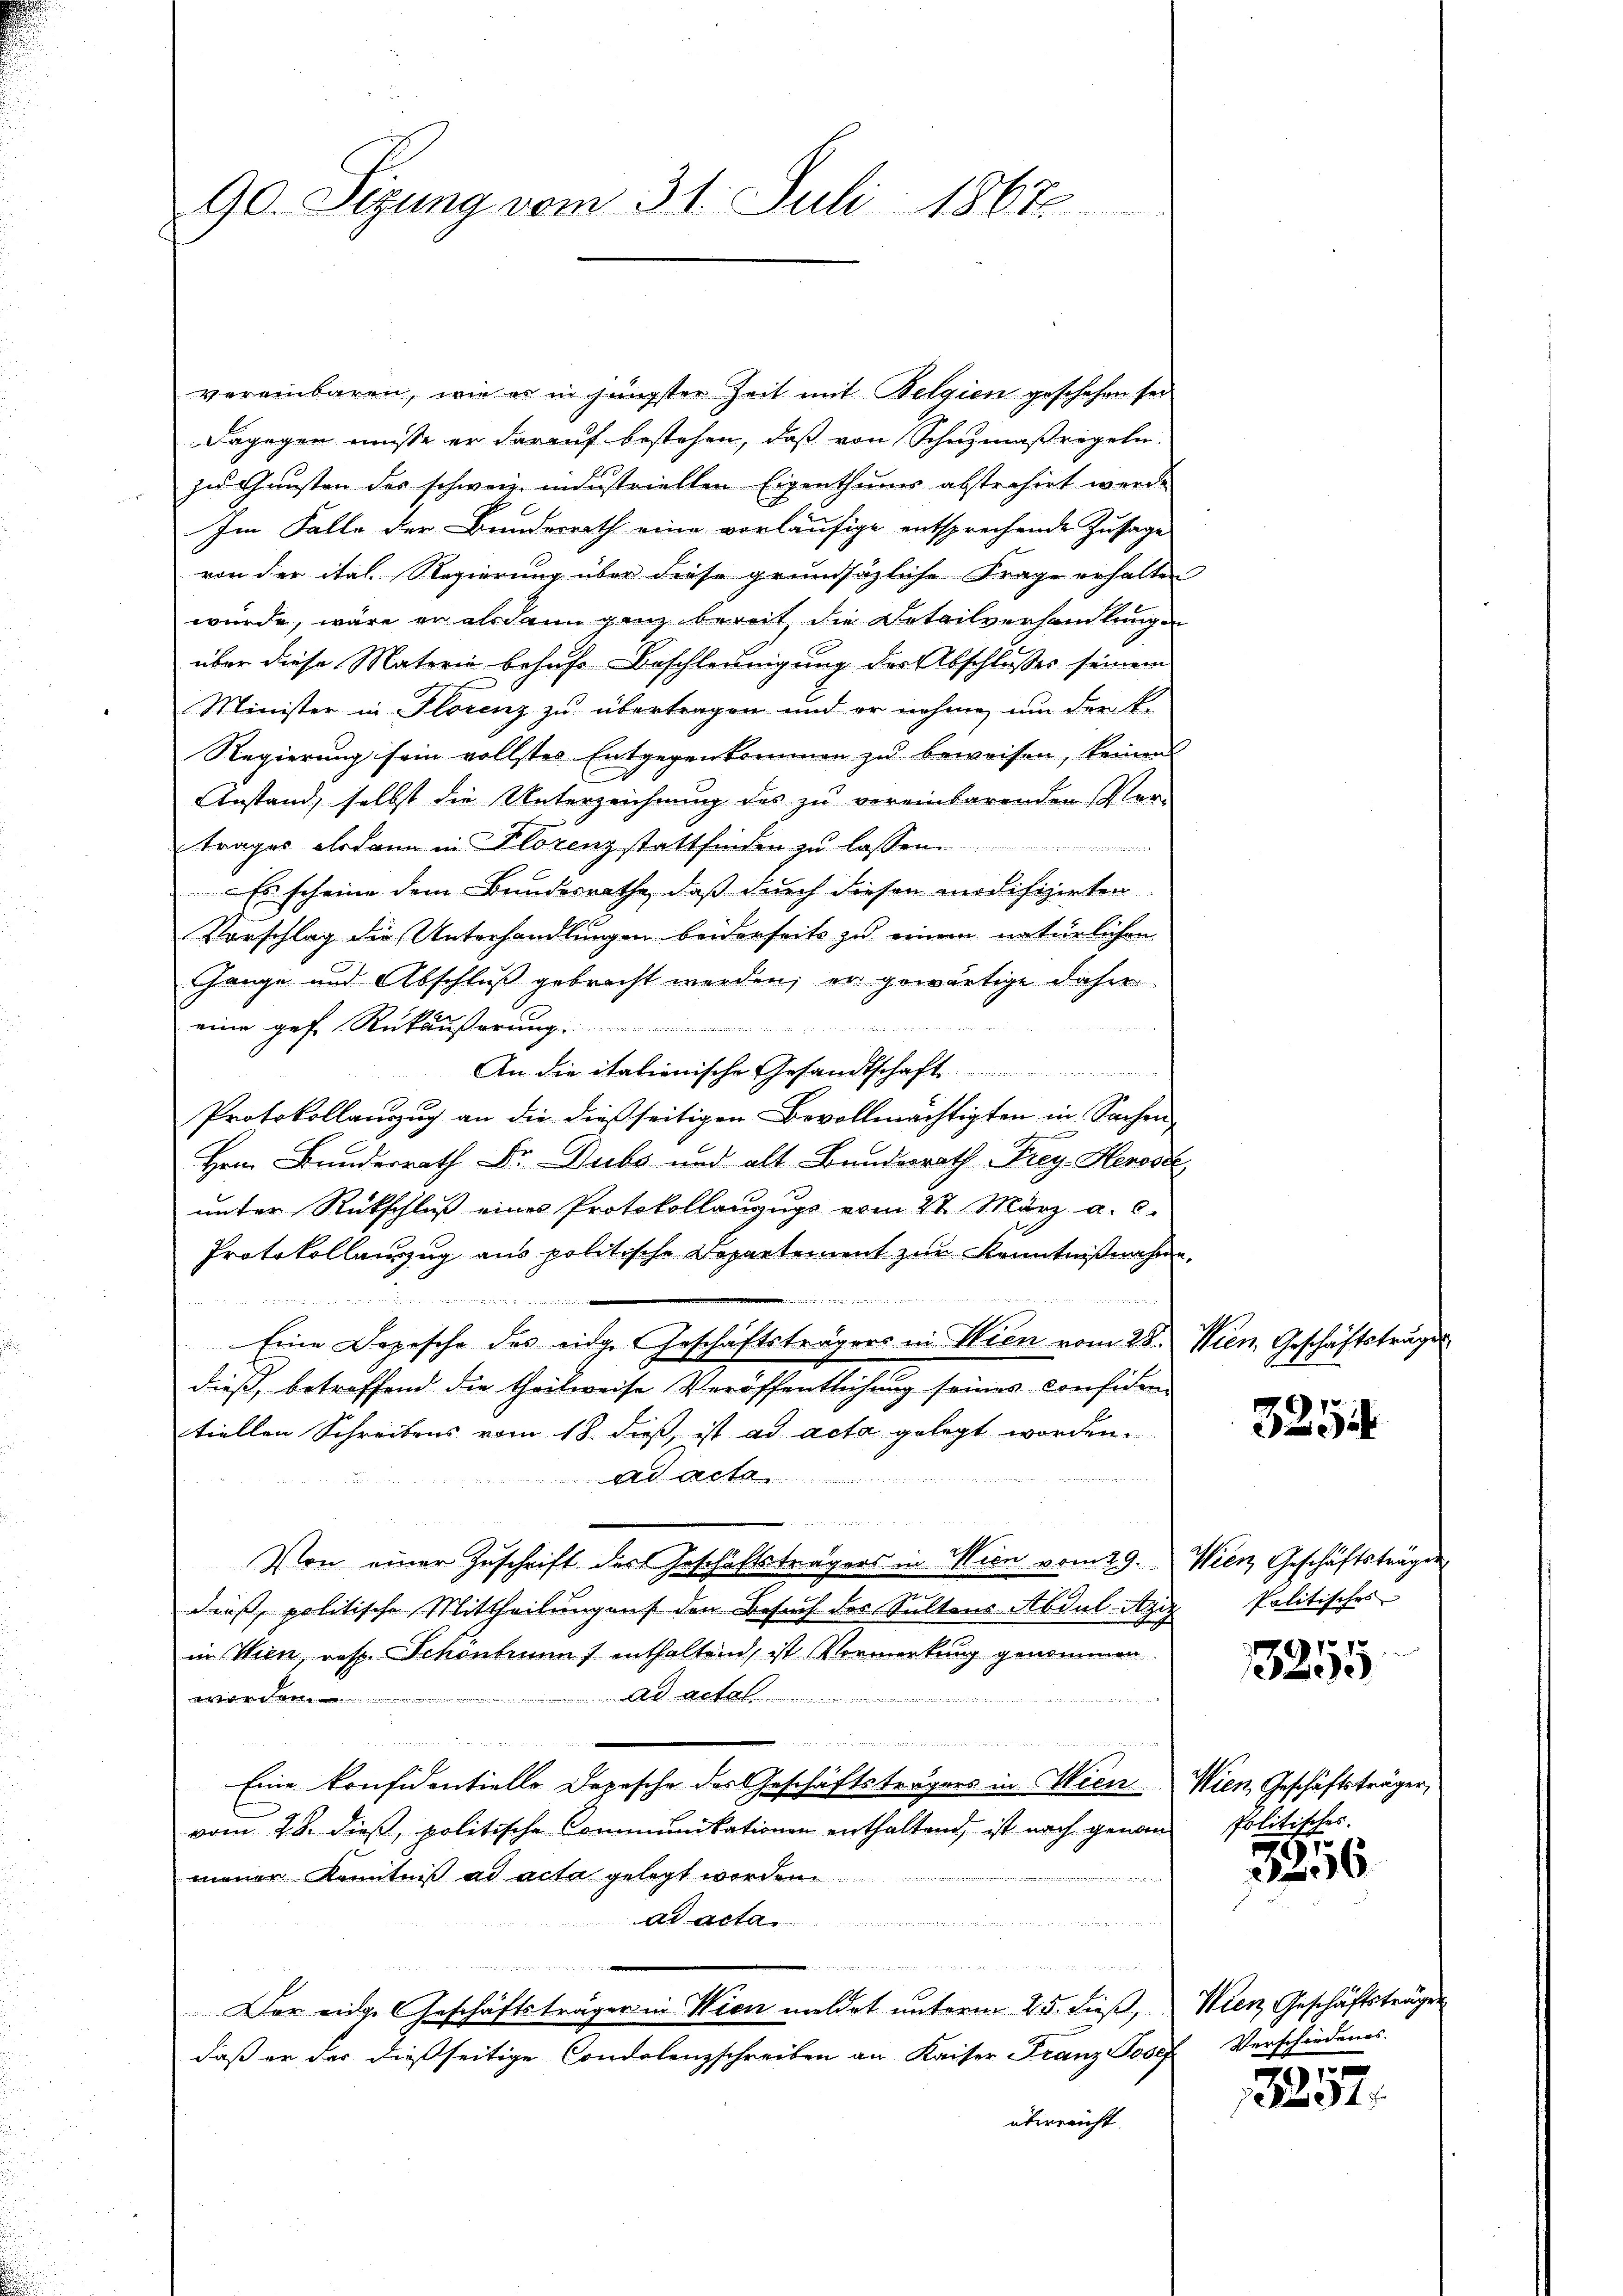
90. Sizung vom 31. Juli 1867

vereinbaren, wie er in jüngster Zeit mit Belgien geschehen sei
Dagegen müsse er darauf bestehen, daß von Schuzmaßregeln
zu Gunsten des schweiz. industriellen Eigenthums abstrahirt werde
Im Falle der Bundesrath eine vorläufige entsprechende Zusage
von der ital. Regierung über diese grundsätzliche Frage erhalten
würde, wäre er als dann ganz bereit, die Detailverhandlungen
über diese Materie behufs Beschleunigung des Abschlusses seinem
Minister in Florenz zu übertragen und er nehme, um der k.
Regierung sein vollstes Entgegenkommen zu beweisen, keinen
Anstand, selbst die Unterzeichnung des zu vereinbarenden Ver-
trages alsdann in Florenz stattfinden zu lassen ..............
Es scheine dem Bundesrathe, daß durch diesen modifizirten
Vorschlag die Unterhandlungen beiderseits zu einem natürlichen
Gange und Abschluß gebracht werden; er gewärtige Jahn
eine gefe Rükäußerung
An die italienische Gesandtschaft
Protokollauszug an die dießseitigen Bevollmächtigten in Sachen-
Hern Bunderrath Dr. Dubs und alt Bundesrath Frey. Herose
unter Rückschluß eines Protokollanzugs vom 27. März a. c.
Protokollauszug aus politische Departement zur Kenntnißnahme.
24
eeser den
Eine Depesche des eidge Geschäftsträgers in Wien vom 28. Wien, Geschäftsträger
dieß, betreffend die theilweise Veröffentlichung seines considen
tiellen Schreibens vom 18. dieß, ist ad acta gelegt worden.
A

Von einer Zuschrift des Geschäftsträgers in Wien vom 29. Wien Geschäftsträger
dieß, politische Mittheilung aus den Besuch des Sultens Abdul-Azi
in Wien, resp. Schönbruns enthaltend, ist Vormerkung genommen

ad actal.  ................................

s
Eine konfidentiello Depesche des Geschäftsträgers in Wien. Wien, Geschäftsträger
vom 28. dieß, politische Communikationen enthaltend, ist nach genommener Kenntniß ad acta gelegt werden
eh zu
A 000
 ich an den in ein ich in ein werden
u
Der eidge Geschäftsträger in Wien meldet unterm 25. dieß, Wien Geschäftsträge
daß er das dießseitige Condolenzschreiben an Kaiser Franz Josef Verschiedenes.
überreicht.

3254

Politisches
i

3255

Politisches.

3256

1

1